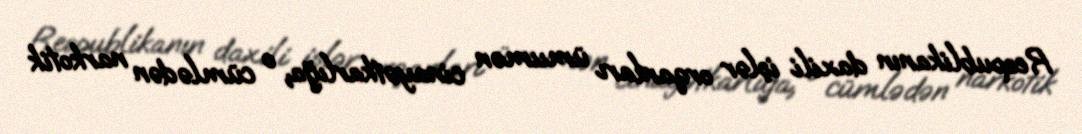
Respublikanın daxili işlər orqanları ümumən cinayətkarlığa, o cümlədən narkotik